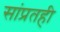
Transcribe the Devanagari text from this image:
सांप्रतही